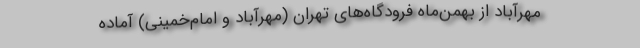
مهرآباد از بهمن‌ماه فرودگاه‌های تهران (مهرآباد و امام‌خمینی) آماده